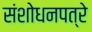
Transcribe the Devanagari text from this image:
संशोधनपत्रे